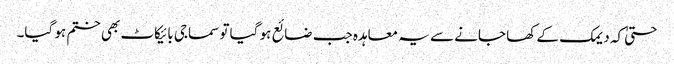
حتیٰ کہ دیمک کے کھا جانے سے یہ معاہدہ جب ضائع ہو گیا تو سماجی بائیکاٹ بھی ختم ہو گیا۔